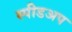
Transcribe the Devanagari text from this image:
स्पीडअप